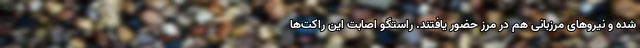
شده و نیروهای مرزبانی هم در مرز حضور یافتند. راستگو اصابت این راکت‌ها